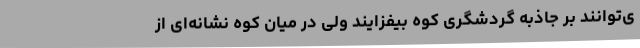
ی‌توانند بر جاذبه گردشگری کوه بیفزایند ولی در میان کوه نشانه‌ای از